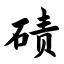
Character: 碛